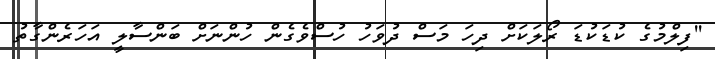
''ފިލްމުގެ ކުޑަކުޑަ ރޯލަކަށް ދިހަ މަސް ދުވަހު ހުސްވެގެން ހުންނަށް ބަންސާލީ އަހަރެންގާތު